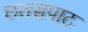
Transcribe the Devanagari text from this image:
छतसपाट